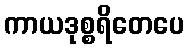
ကာယဒုစ္စရိတေပေ